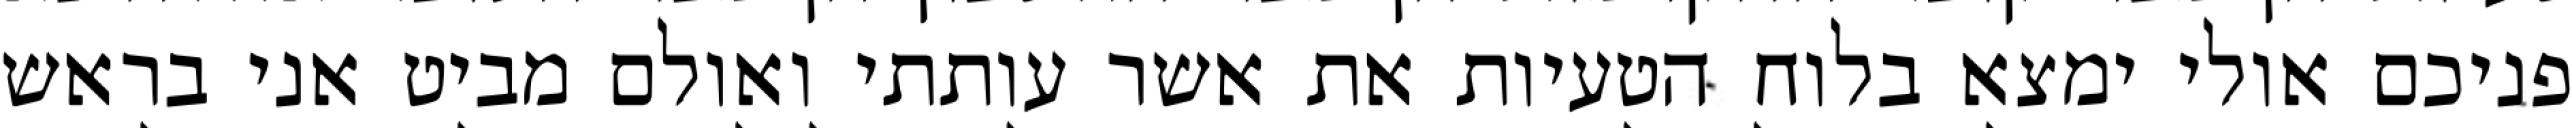
פניכם אולי ימצא בלוח הטעיות את אשר עותתי ואולם מביט אני בראש